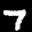
Label: 7